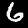
Label: 6